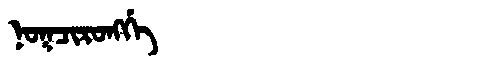
Manchu: ᠨᠣᡴᠴᡳᡵᠣᠩᡤᡝ
Romanization: NOKCIRONGGE